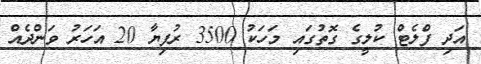
އަދި ފްލެޓް ކުލީގެ ގޮތުގައި މަހަކު 3500 ރުފިޔާ 20 އަހަރު ވަންދެއް